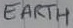
Text: EARTH